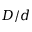
D / d